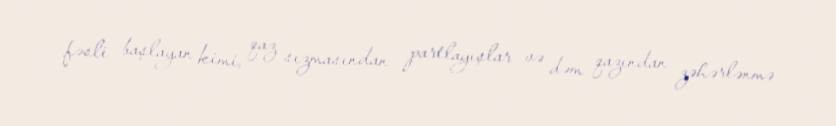
fəsli başlayan kimi, qaz sızmasından partlayışlar və dəm qazından zəhərlənmə